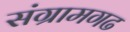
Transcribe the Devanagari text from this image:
संग्रामगढ